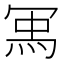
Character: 𭁽